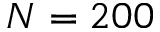
N = 2 0 0